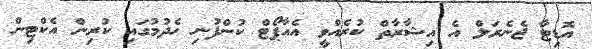
އޮޑިޓާ ޖެނެރަލް އެ އިޝާރާތް ކުރެއްވީ އެއާޕޯޓް ކުންފުނި ހެދުމުގައި ކުރިން އެކްޓިން